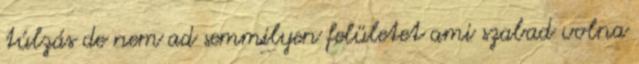
túlzás de nem ad semmilyen felületet ami szabad volna